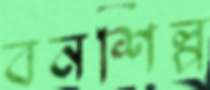
বনশিল্প